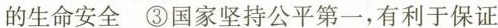
的生命安全③国家坚持公平第一，有利于保证